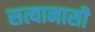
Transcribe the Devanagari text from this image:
सत्यानासी